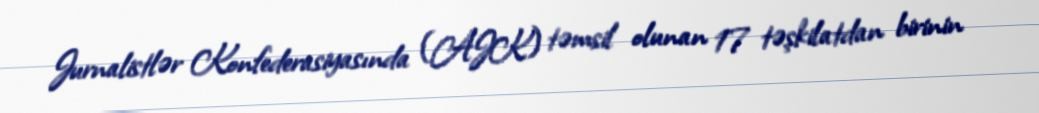
Jurnalistlər Konfederasiyasında (AJK) təmsil olunan 17 təşkilatdan birinin